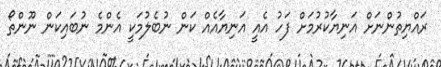
ރައްޔިތުންނަށް އަނިޔާކުރުމަށް ފަހު އެއީ އަނިޔާއެއް ކަން ނުބެލުމަކީ އެންމެ ނުބައިކަން ނޫންތޯ